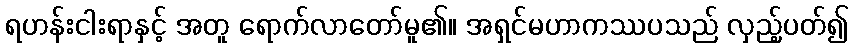
ရဟန်းငါးရာနှင့် အတူ ရောက်လာတော်မူ၏။ အရှင်မဟာကဿပသည် လှည့်ပတ်၍